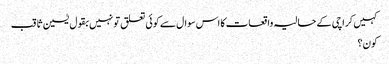
کہیں کراچی کے حالیہ واقعات کا اس سوال سے کوئی تعلق تو نہیں بقول یٰسین ثاقب
کون؟